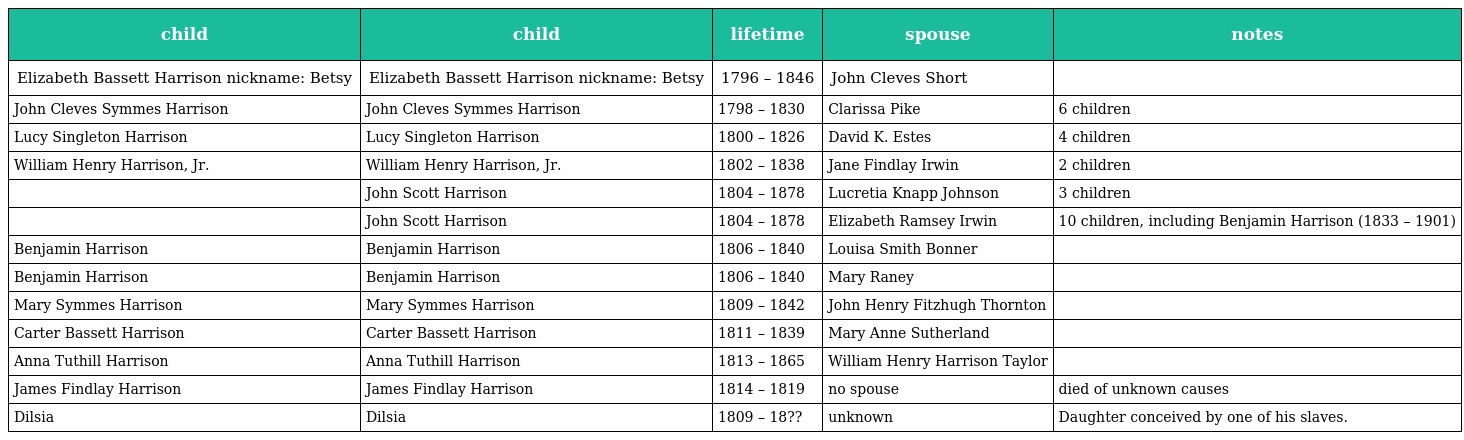
| child | child | lifetime | spouse | notes |
 | --- | --- | --- | --- | --- |
 | Elizabeth Bassett Harrison nickname: Betsy | Elizabeth Bassett Harrison nickname: Betsy | 1796 – 1846 | John Cleves Short |  |
 | John Cleves Symmes Harrison | John Cleves Symmes Harrison | 1798 – 1830 | Clarissa Pike | 6 children |
 | Lucy Singleton Harrison | Lucy Singleton Harrison | 1800 – 1826 | David K. Estes | 4 children |
 | William Henry Harrison, Jr. | William Henry Harrison, Jr. | 1802 – 1838 | Jane Findlay Irwin | 2 children |
 |  | John Scott Harrison | 1804 – 1878 | Lucretia Knapp Johnson | 3 children |
 |  | John Scott Harrison | 1804 – 1878 | Elizabeth Ramsey Irwin | 10 children, including Benjamin Harrison (1833 – 1901) |
 | Benjamin Harrison | Benjamin Harrison | 1806 – 1840 | Louisa Smith Bonner |  |
 | Benjamin Harrison | Benjamin Harrison | 1806 – 1840 | Mary Raney |  |
 | Mary Symmes Harrison | Mary Symmes Harrison | 1809 – 1842 | John Henry Fitzhugh Thornton |  |
 | Carter Bassett Harrison | Carter Bassett Harrison | 1811 – 1839 | Mary Anne Sutherland |  |
 | Anna Tuthill Harrison | Anna Tuthill Harrison | 1813 – 1865 | William Henry Harrison Taylor |  |
 | James Findlay Harrison | James Findlay Harrison | 1814 – 1819 | no spouse | died of unknown causes |
 | Dilsia | Dilsia | 1809 – 18?? | unknown | Daughter conceived by one of his slaves. |